Civil Veterinary Dept. North-West Frontier Province 1933-46 - 1933-1946
Year: 1933
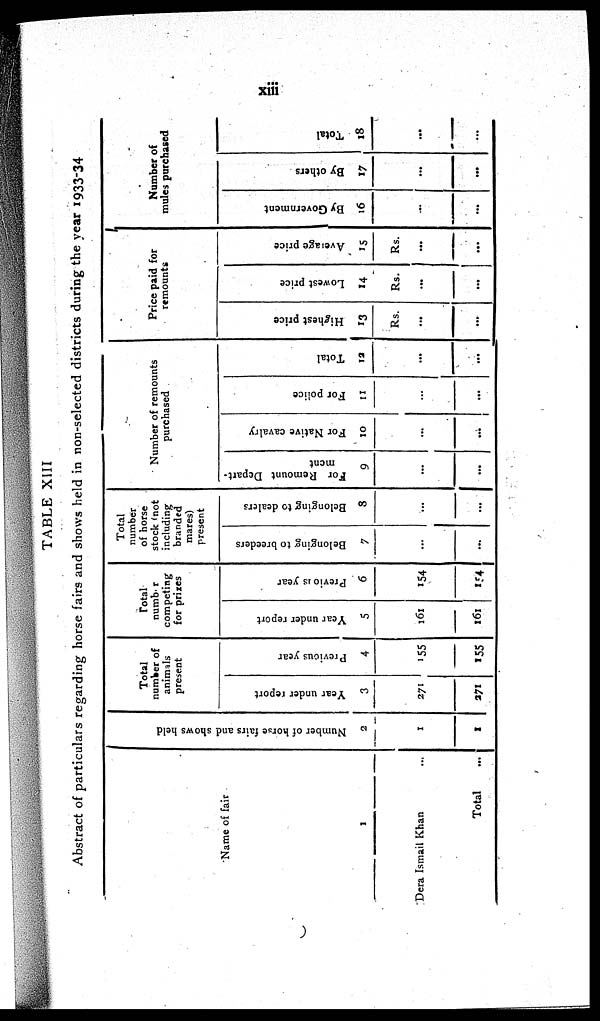
xiii
TABLE XIII
Abstract of particulars regarding horse fairs and shows held in non-selected districts during the year 1933-34
Name of fair
1
Dera Ismail Khan ...
Total ...
Number of horse fairs and shows held
2
1
I
Total
number of
animals
present
Year under report
3
271
271
Pr evi ous year
4
155
155
Total
number
competing
for prizes
Year under report
5
161
161
Previous year
6
154
154
Total
number
of horse
stock (not
including
branded
mares)
present
Belonging to breeders
7
...
...
Belonging to dealers
8
...
...
Number of remounts
purchased
For Remount Depart-
ment.
9
...
...
For Native cavalry
10
...
...
For police
11
...
...
Total
12
...
...
Price paid for
remounts
Highest price
13
Rs.
...
...
Lowe s t price
14
Rs.
...
...
Aver age price
15
Rs.
...
...
Number of
mules purchased
By Go v e r
n me n t
16
...
...
By others
17
...
...
Total
18
...
...